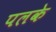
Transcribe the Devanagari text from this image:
पलके